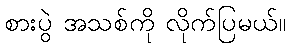
စားပွဲ အသစ်ကို လိုက်ပြမယ်။